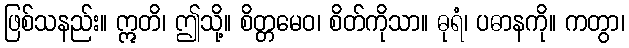
ဖြစ်သနည်း။ ဣတိ၊ ဤသို့။ စိတ္တမေဝ၊ စိတ်ကိုသာ။ ဓုရံ၊ ပဓာနကို။ ကတွာ၊